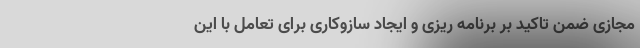
مجازی ضمن تاکید بر برنامه ریزی و ایجاد سازوکاری برای تعامل با این